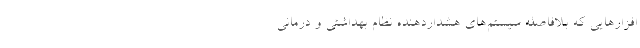
‌افزارهایی که بلافاصله سیستم‌های هشداردهنده نظام بهداشتی و درمانی